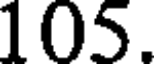
105.